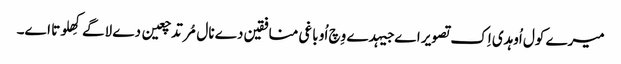
میرے کول اُوہدی اِک تصویر اے جیہدے وِچ اُو باغی منافقین دے نال مُرتد چعین دے لاگے کِھلوتا اے۔